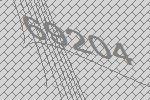
69204